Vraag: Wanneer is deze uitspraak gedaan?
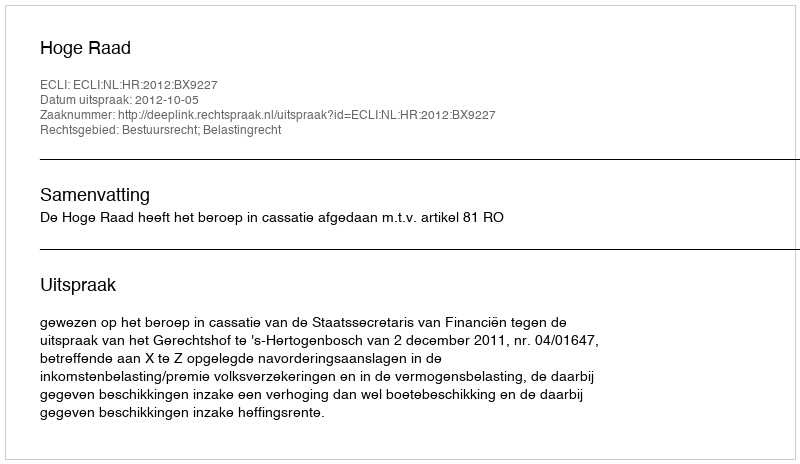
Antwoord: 2012-10-05